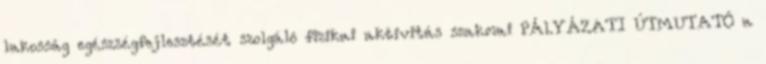
lakosság egészségfejlesztését szolgáló fizikai aktivitás szakmai PÁLYÁZATI ÚTMUTATÓ a